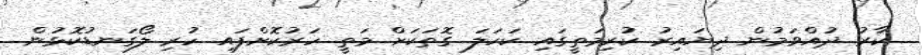
ކާރު ދުއްވަމުން ދިޔައިރު ކުރިމަތީގައި ކަހަލަ ގޮތަކަށް މަތީ ހަރުކޮށްފައި ހުރި ލޯގަނޑުކޮޅުން